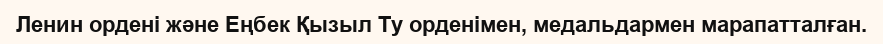
Ленин ордені және Еңбек Қызыл Ту орденімен, медальдармен марапатталған.